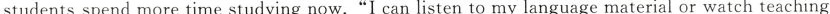
students spend more time studying now."I can listen to my language material or watch teaching